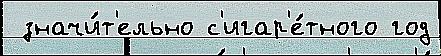
 значи́т'ельно с'игар'е́тного год